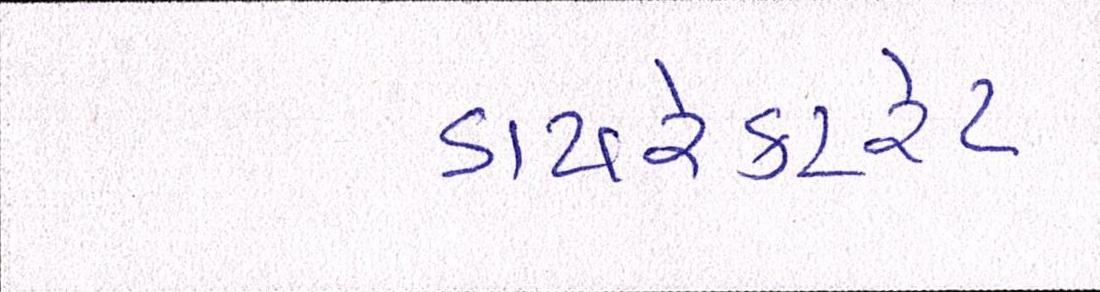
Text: ડાયરેક્ટરેટ